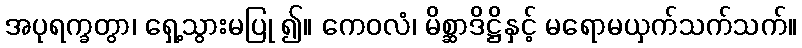
အပုရက္ခတွာ၊ ရှေ့သွားမပြု ၍။ ကေဝလံ၊ မိစ္ဆာဒိဋ္ဌိနှင့် မရောမယှက်သက်သက်။